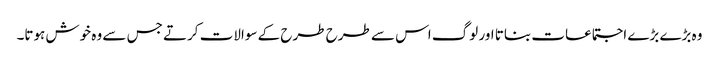
وہ بڑے بڑے اجتماعات بناتا اور لوگ اس سے طرح طرح کے سوالات کرتے جس سے وہ خوش ہوتا۔